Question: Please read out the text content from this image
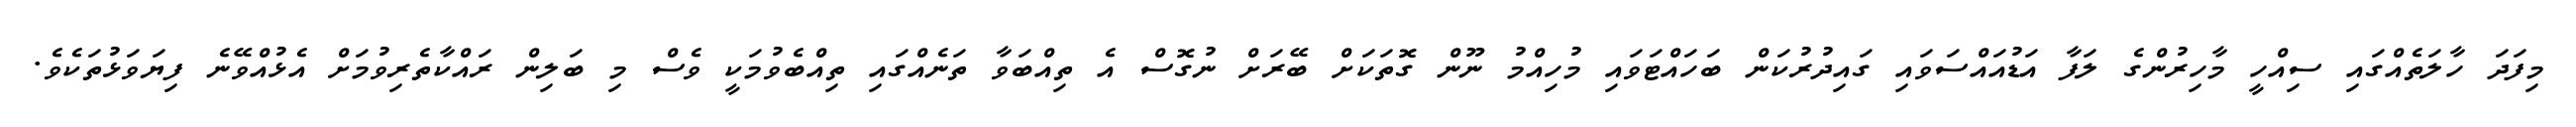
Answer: މިފަދަ ހާލަތެއްގައި ސިއްހީ މާހިރުންގެ ލަފާ އަޑުއައްސަވައި ގައިދުރުކަން ބަހައްޓަވައި މުހިއްމު ނޫން ގޮތަކަށް ބޭރަށް ނުގޮސް އެ ތިއްބަވާ ތަނެއްގައި ތިއްބެވުމަކީ ވެސް މި ބަލިން ރައްކާތެރިވުމަށް އެޅުއްވޭނެ ފިޔަވަޅުތަކެވެ.